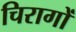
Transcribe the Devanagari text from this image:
चिरागों